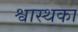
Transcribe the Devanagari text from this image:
श्वास्थका